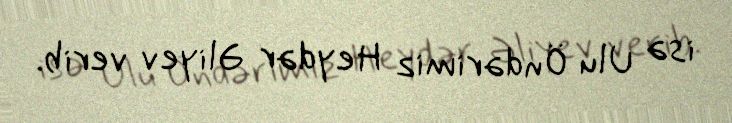
isə Ulu Öndərimiz Heydər Əliyev verib.